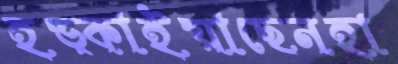
হড়্‌কাইয়াছেনহা